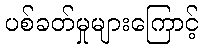
ပစ်ခတ်မှုများကြောင့်